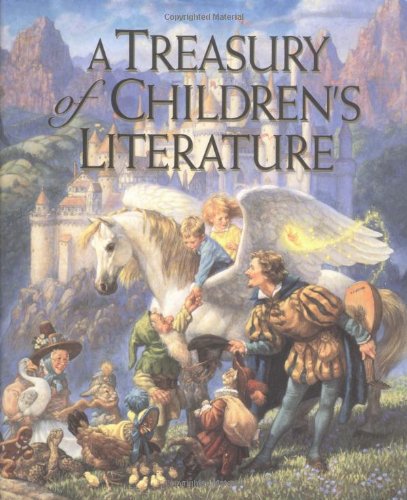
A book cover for A Treasury of Children's Literature; Armand Eisen; Children's Books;